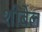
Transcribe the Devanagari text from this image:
शीबेल